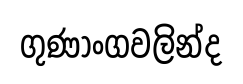
ගුණාංගවලින්ද